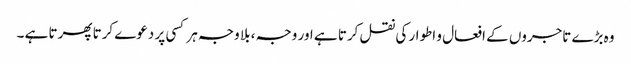
وہ بڑے تاجروں کے افعال و اطوار کی نقل کرتا ہے اور وجہ ، بلا وجہ ہر کسی پر دعوے کرتا پھرتا ہے ۔